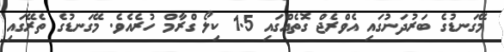
މޭގަނޑުގެ ބަރުދަނުގައި އެވްރެޖް ގޮތެއްގައި 1.5 ކިލޯ ގްރާމް ހުރެއެވެ. މޭގަނޑުގެ ތެރޭގައި